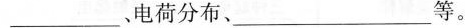
___，电荷分布、。___等。